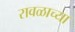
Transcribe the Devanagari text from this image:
रावळाच्या